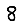
Digit: 8